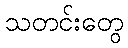
သတင်းတွေ